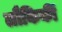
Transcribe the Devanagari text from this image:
लौकिकीं